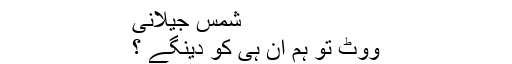
شمس جیلانی
ووٹ تو ہم ان ہی کو دینگے ؟